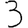
Digit: 3